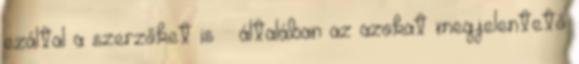
ezáltal a szerzőket is – általában az azokat megjelentető